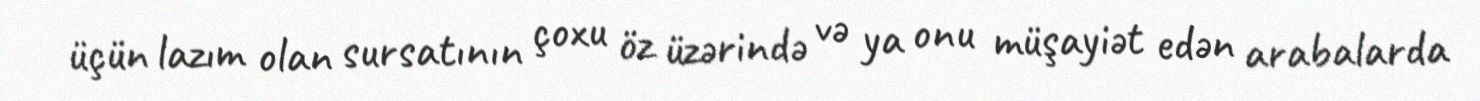
üçün lazım olan sursatının çoxu öz üzərində və ya onu müşayiət edən arabalarda